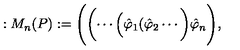
: M _ { n } ( P ) : = \Biggl ( \biggl ( \cdots \Bigl ( \hat { \varphi } _ { 1 } ( \hat { \varphi } _ { 2 } \cdots \biggl ) \hat { \varphi } _ { n } \Biggl ) ,